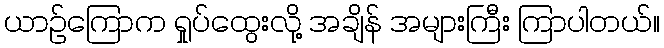
ယာဉ်ကြောက ရှုပ်ထွေးလို့ အချိန် အများကြီး ကြာပါတယ်။